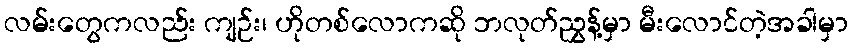
လမ်းတွေကလည်း ကျဉ်း၊ ဟိုတစ်လောကဆို ဘလုတ်ညွှန့်မှာ မီးလောင်တဲ့အခါမှာ